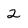
Character: 2